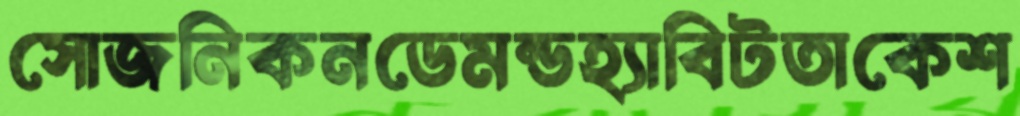
সোজনিকনডেমন্ডহ্যাবিটতাকেশ